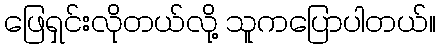
ဖြေရှင်းလိုတယ်လို့ သူကပြောပါတယ်။